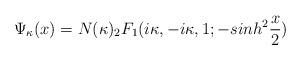
LaTeX: \begin{align*}\Psi_{\kappa} (x)= N(\kappa) _{2}F_{1} (i\kappa,-i\kappa,1;-sinh^2 \frac{x}{2} )\end{align*}